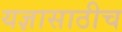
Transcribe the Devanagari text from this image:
यज्ञासाठीच